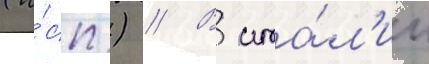
(и́сп.) // В ита́л'ии